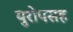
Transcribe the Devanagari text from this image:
युरोपसह